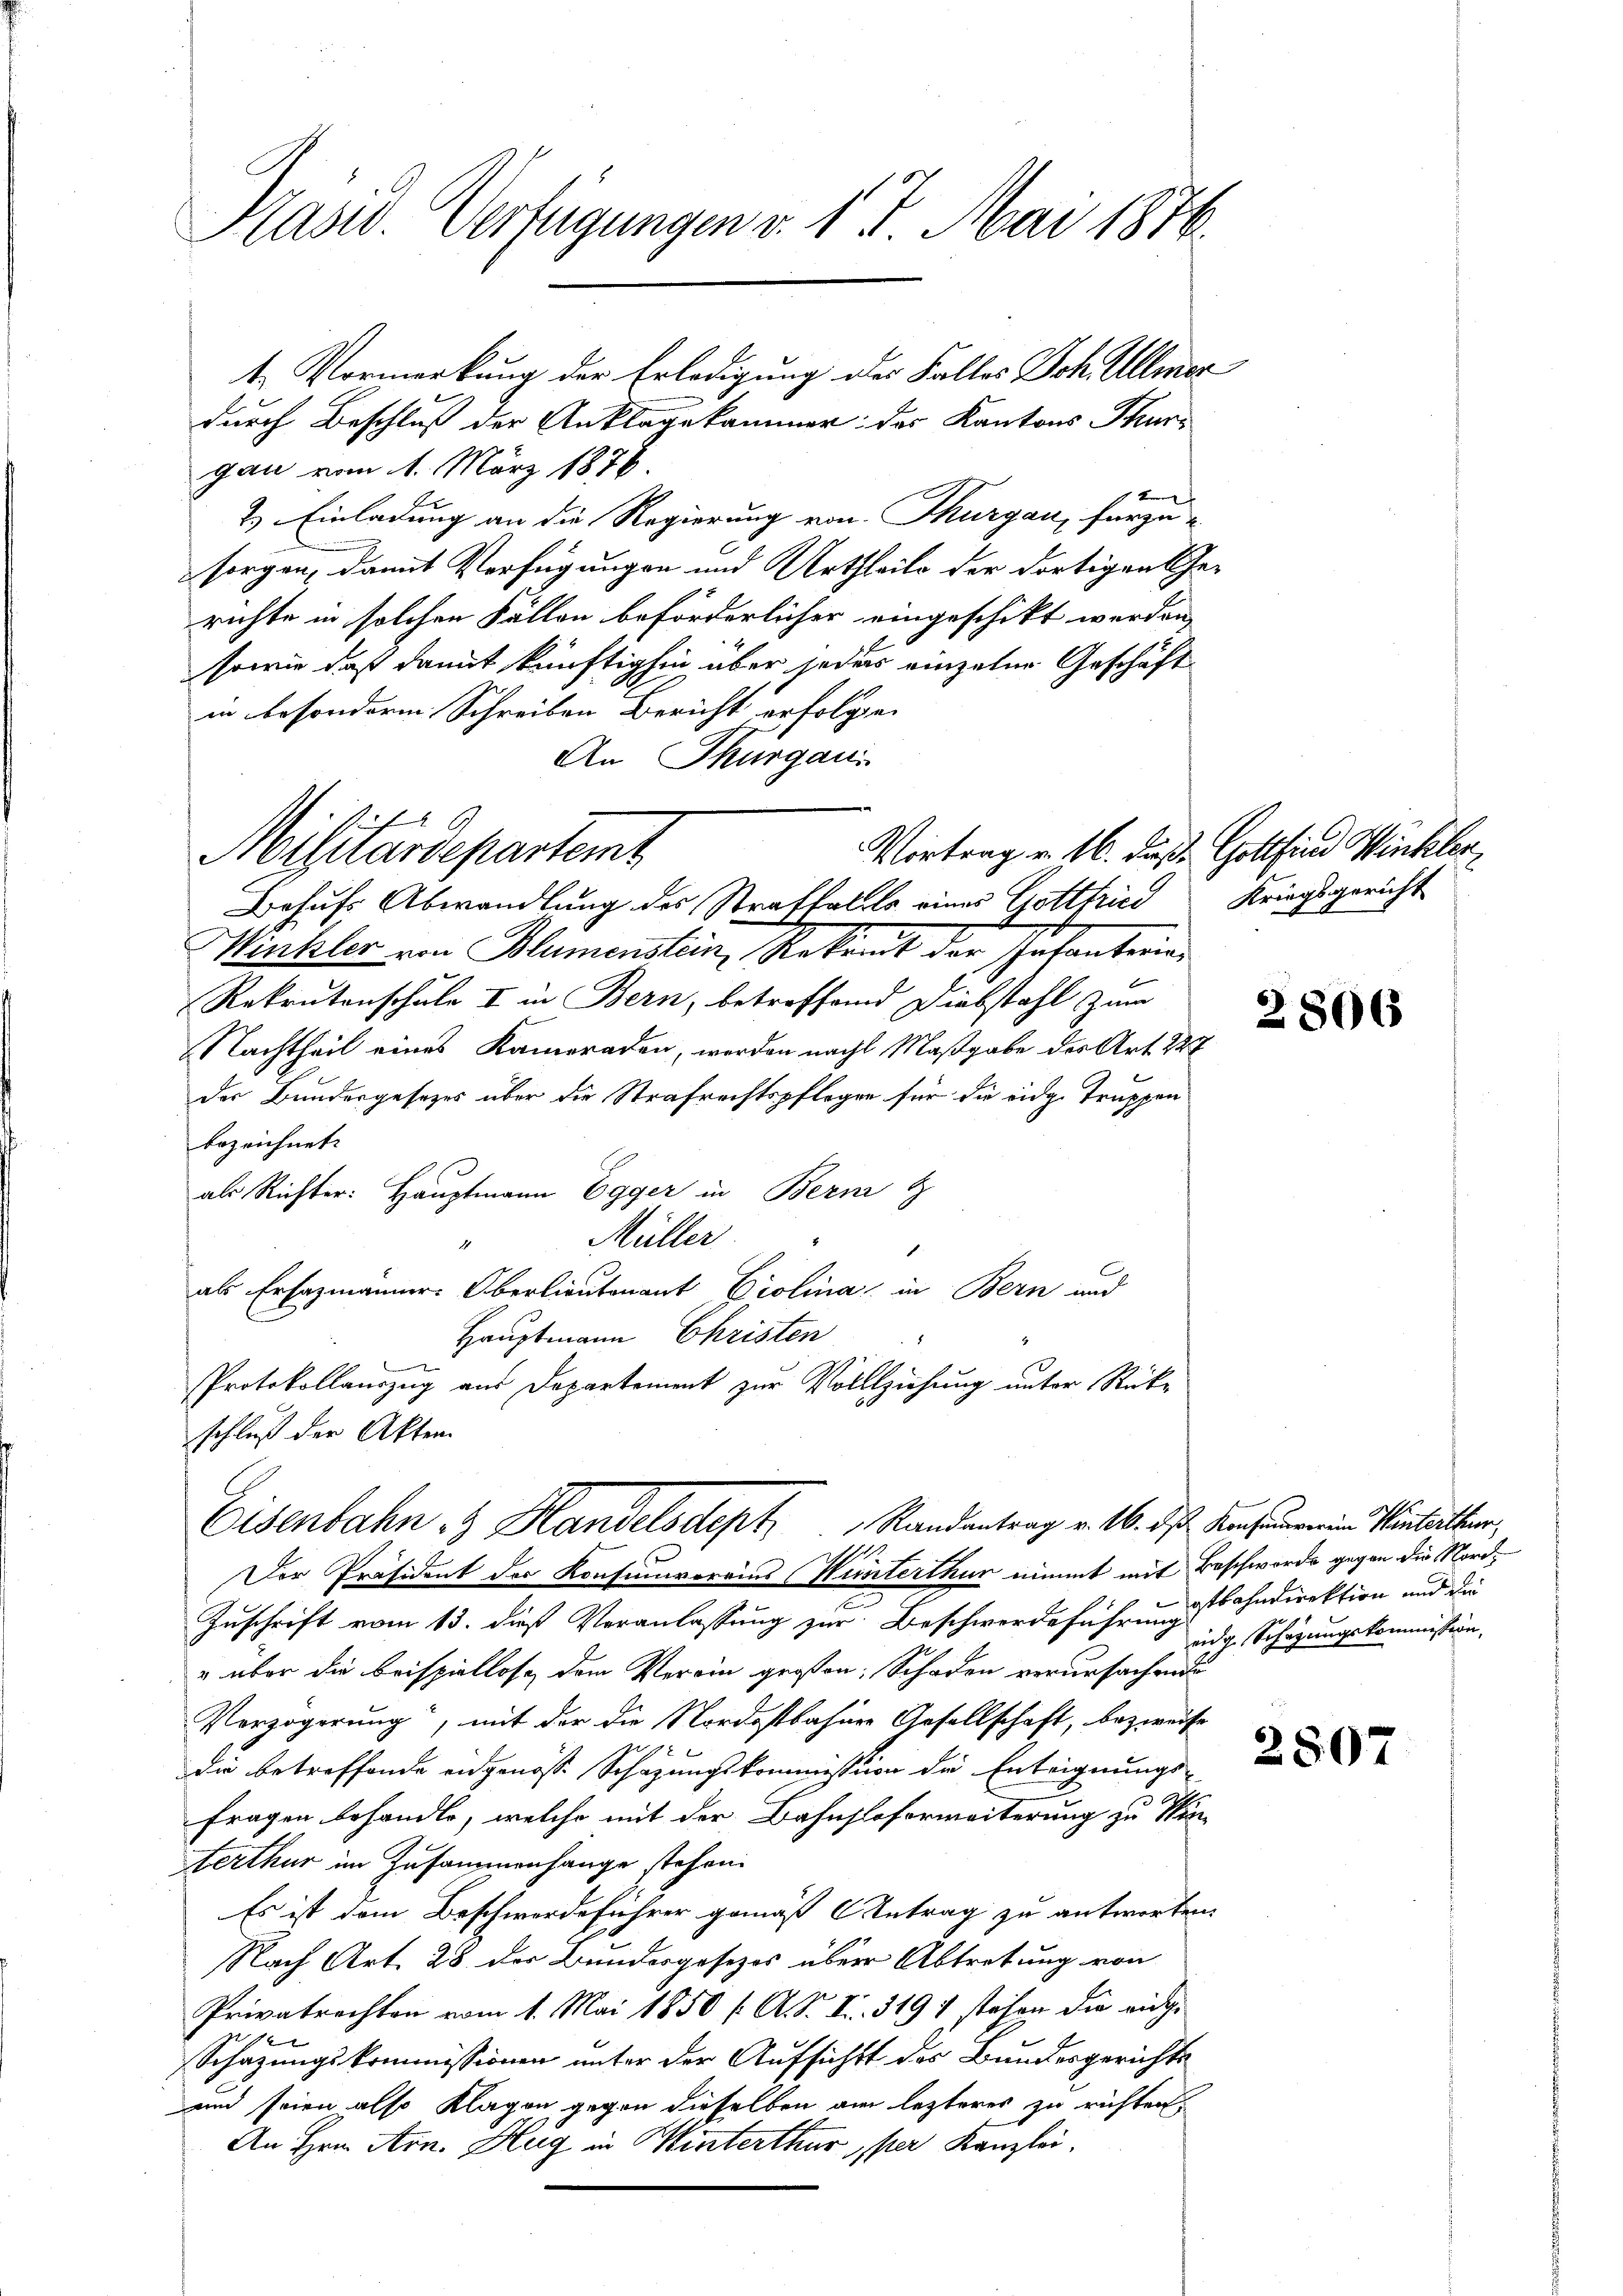
Präsid. Verfügungen v. 17. Mai 1876.
t. Vormerkung der Erledigung des Falles Joh. Ullmer

durch Beschluß der Anklagekammer: das Kantons Thurgau vom 1. März 1876.
2) Einladung an die Regierung von Thurgau, für zu-
sorgen, damit Verfügungen und Urtheile der dortigen Ge-
richte in solchen Fällen beförderlicher eingeschikt werden,
sowie daß damit künftighin über jedes einzelne Geschäft
in besonderm Schreiben Bericht erfolge.
An Thurgau
Vortrag v. 16. Fuß. Gottfind Winkler,
Behufs Abwandlung des Straffalls eines Gottfried Kriegsgericht
Winkler von Blumenstein, Rekomit der Infanteien
Rekrutenschule II in Bern, betreffend Diebstahl zum
Nachtheil eines Kameraden, worden nach Maßgabe der Art. 227
der Bundesgesetzes über die Strafrechtspflegen für die eidg. Truppen
bezeichnet.
als Richter: Hauptmann Egger in Bern
Müller
.
als Erfazmänner Oberlieutenant Giolina in Bern und
Hauptmann Christen
8
Protokollauszug aus Departement zur Vollziehung unter Rückschluß der Akten
Eisenbahn & Handelsdept.         Randantrag v. 16. des Konsenen und Kontritter,
1
Der Präsident der Konsumvereins (Winterthur nimmt mit Beschwerde gegen die Norde
Zuschrift vom 13. dieß Veranlassung zur Beschwerdeführungsbahndirektion und die
" über die Beispiellose dem Verein großen: Schaden verursachende
Verzögerung, mit der die Nordostbahner Gesellschaft, bezweife
die betreffende eidgenosse Schazungskommission die Enteignungs-
fragen behandle, welche mit der Bahnhoferweiterung zu Sin-
terthur im Zusammenhange stehen.
Es ist dem Beschwerdeführer gemäß Antrag zu antworten.
Nach Art. 28 der Bundesgesezes über Abtretung von
Privatrechten vom 1. Mai 1850 /: A. S. I. 3197 stehen die eidge
Schazungskommissionen unter der Aufsichts des Bundesgerichte
und seien also Klagen gegen dieselben am lezteres zu richten
An Hrn. Arn. Hug in Winterthur per Kanzlei,

Militärdepartemt

2806

eidg. Schazungskommission,

2807